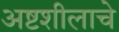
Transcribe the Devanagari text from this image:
अष्टशीलाचे